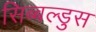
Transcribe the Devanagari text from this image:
सिब्बल्डुस